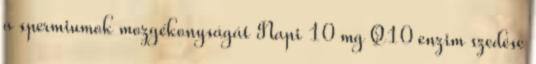
a spermiumok mozgékonyságát Napi 10 mg Q10 enzim szedése